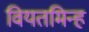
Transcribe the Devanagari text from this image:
वियतमिन्ह